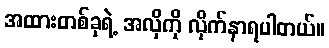
အထားတစ်ခုရဲ့ အလိုကို လိုက်နာရပါတယ်။